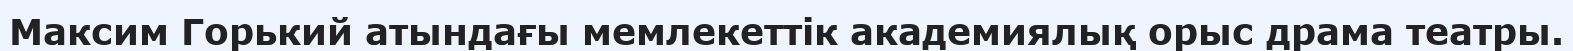
Максим Горький атындағы мемлекеттік академиялық орыс драма театры.